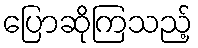
ပြောဆိုကြသည့်